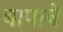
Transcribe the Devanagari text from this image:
बापानें